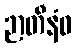
ဉာတီနံဝ